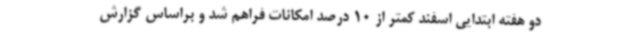
دو هفته ابتدایی اسفند کمتر از 10 درصد امکانات فراهم شد و براساس گزارش